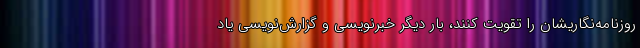
روزنامه‌نگاریشان را تقویت کنند، بار دیگر خبرنویسی و گزارش‌نویسی یاد